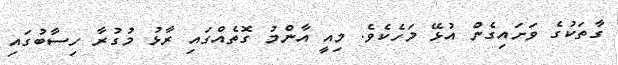
ގާތަކުގެ ވަށައިގެން އުޅޭ މަހެކެވެ. މިއީ އާންމު ގޮތެއްގައި ރާޅު މުގުރާ ހިސާބުގައި